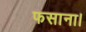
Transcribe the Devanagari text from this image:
फसाना।